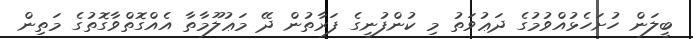
ބީލަން ހުށަހެޅުއްވުމުގެ ދަޢުވަތު މި ކުންފުނީގެ ފަރާތުން ދޭ މަޢުލޫމާތާ އެއްގޮތްވާގޮތުގެ މަތިން